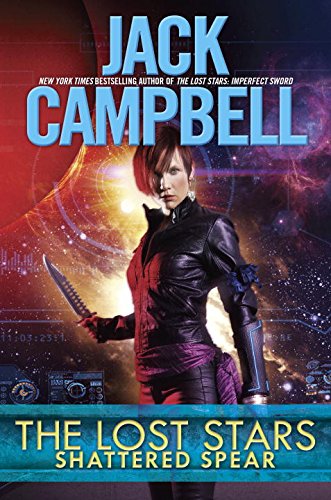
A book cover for The Lost Stars: Shattered Spear; Jack Campbell; Science Fiction & Fantasy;